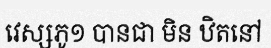
វេស្សភូ១ បានជា មិន ឋិតនៅ